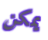
يمكن